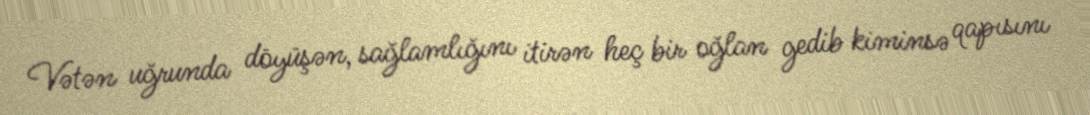
Vətən uğrunda döyüşən, sağlamlığını itirən heç bir oğlan gedib kiminsə qapısını